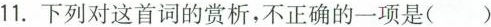
11.下列对这首词的赏析，不正确的一项是( )